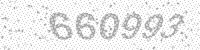
Solution: 660993